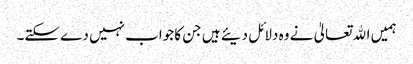
ہمیں اﷲتعالیٰ نے وہ دلائل دیئے ہیں جن کا جواب نہیں دے سکتے۔